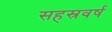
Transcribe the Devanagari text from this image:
सहस्रवर्ष